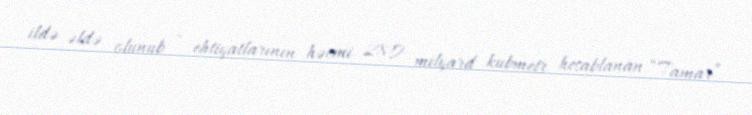
ildə əldə olunub - ehtiyatlarının həcmi 280 milyard kubmetr hesablanan “Tamar”